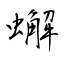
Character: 蠏